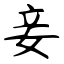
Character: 妾